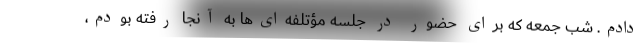
دادم. شب جمعه که برای حضور در جلسه مؤتلفه‌ای‌ها به آنجا رفته بودم،